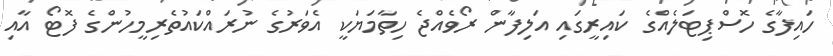
ހައިފާގެ ހޮސްޕިޓަލެއްގެ ކައިރީގައި އަލިފާން ރޯވެއްޖެ ހިތާމަޔަކީ އެވަރުގެ ނުރައްކައުތެރިމީހުންގެ ފޮޓޯ އާއި